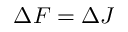
\Delta F = \Delta J